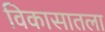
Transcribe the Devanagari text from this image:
विकासातला